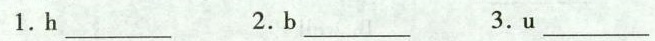
1.h___ 2.B ___3.u___